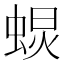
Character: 𧌚